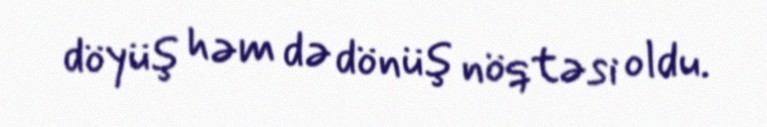
döyüş həm də dönüş nöqtəsi oldu.